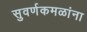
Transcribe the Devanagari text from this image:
सुवर्णकमळांना